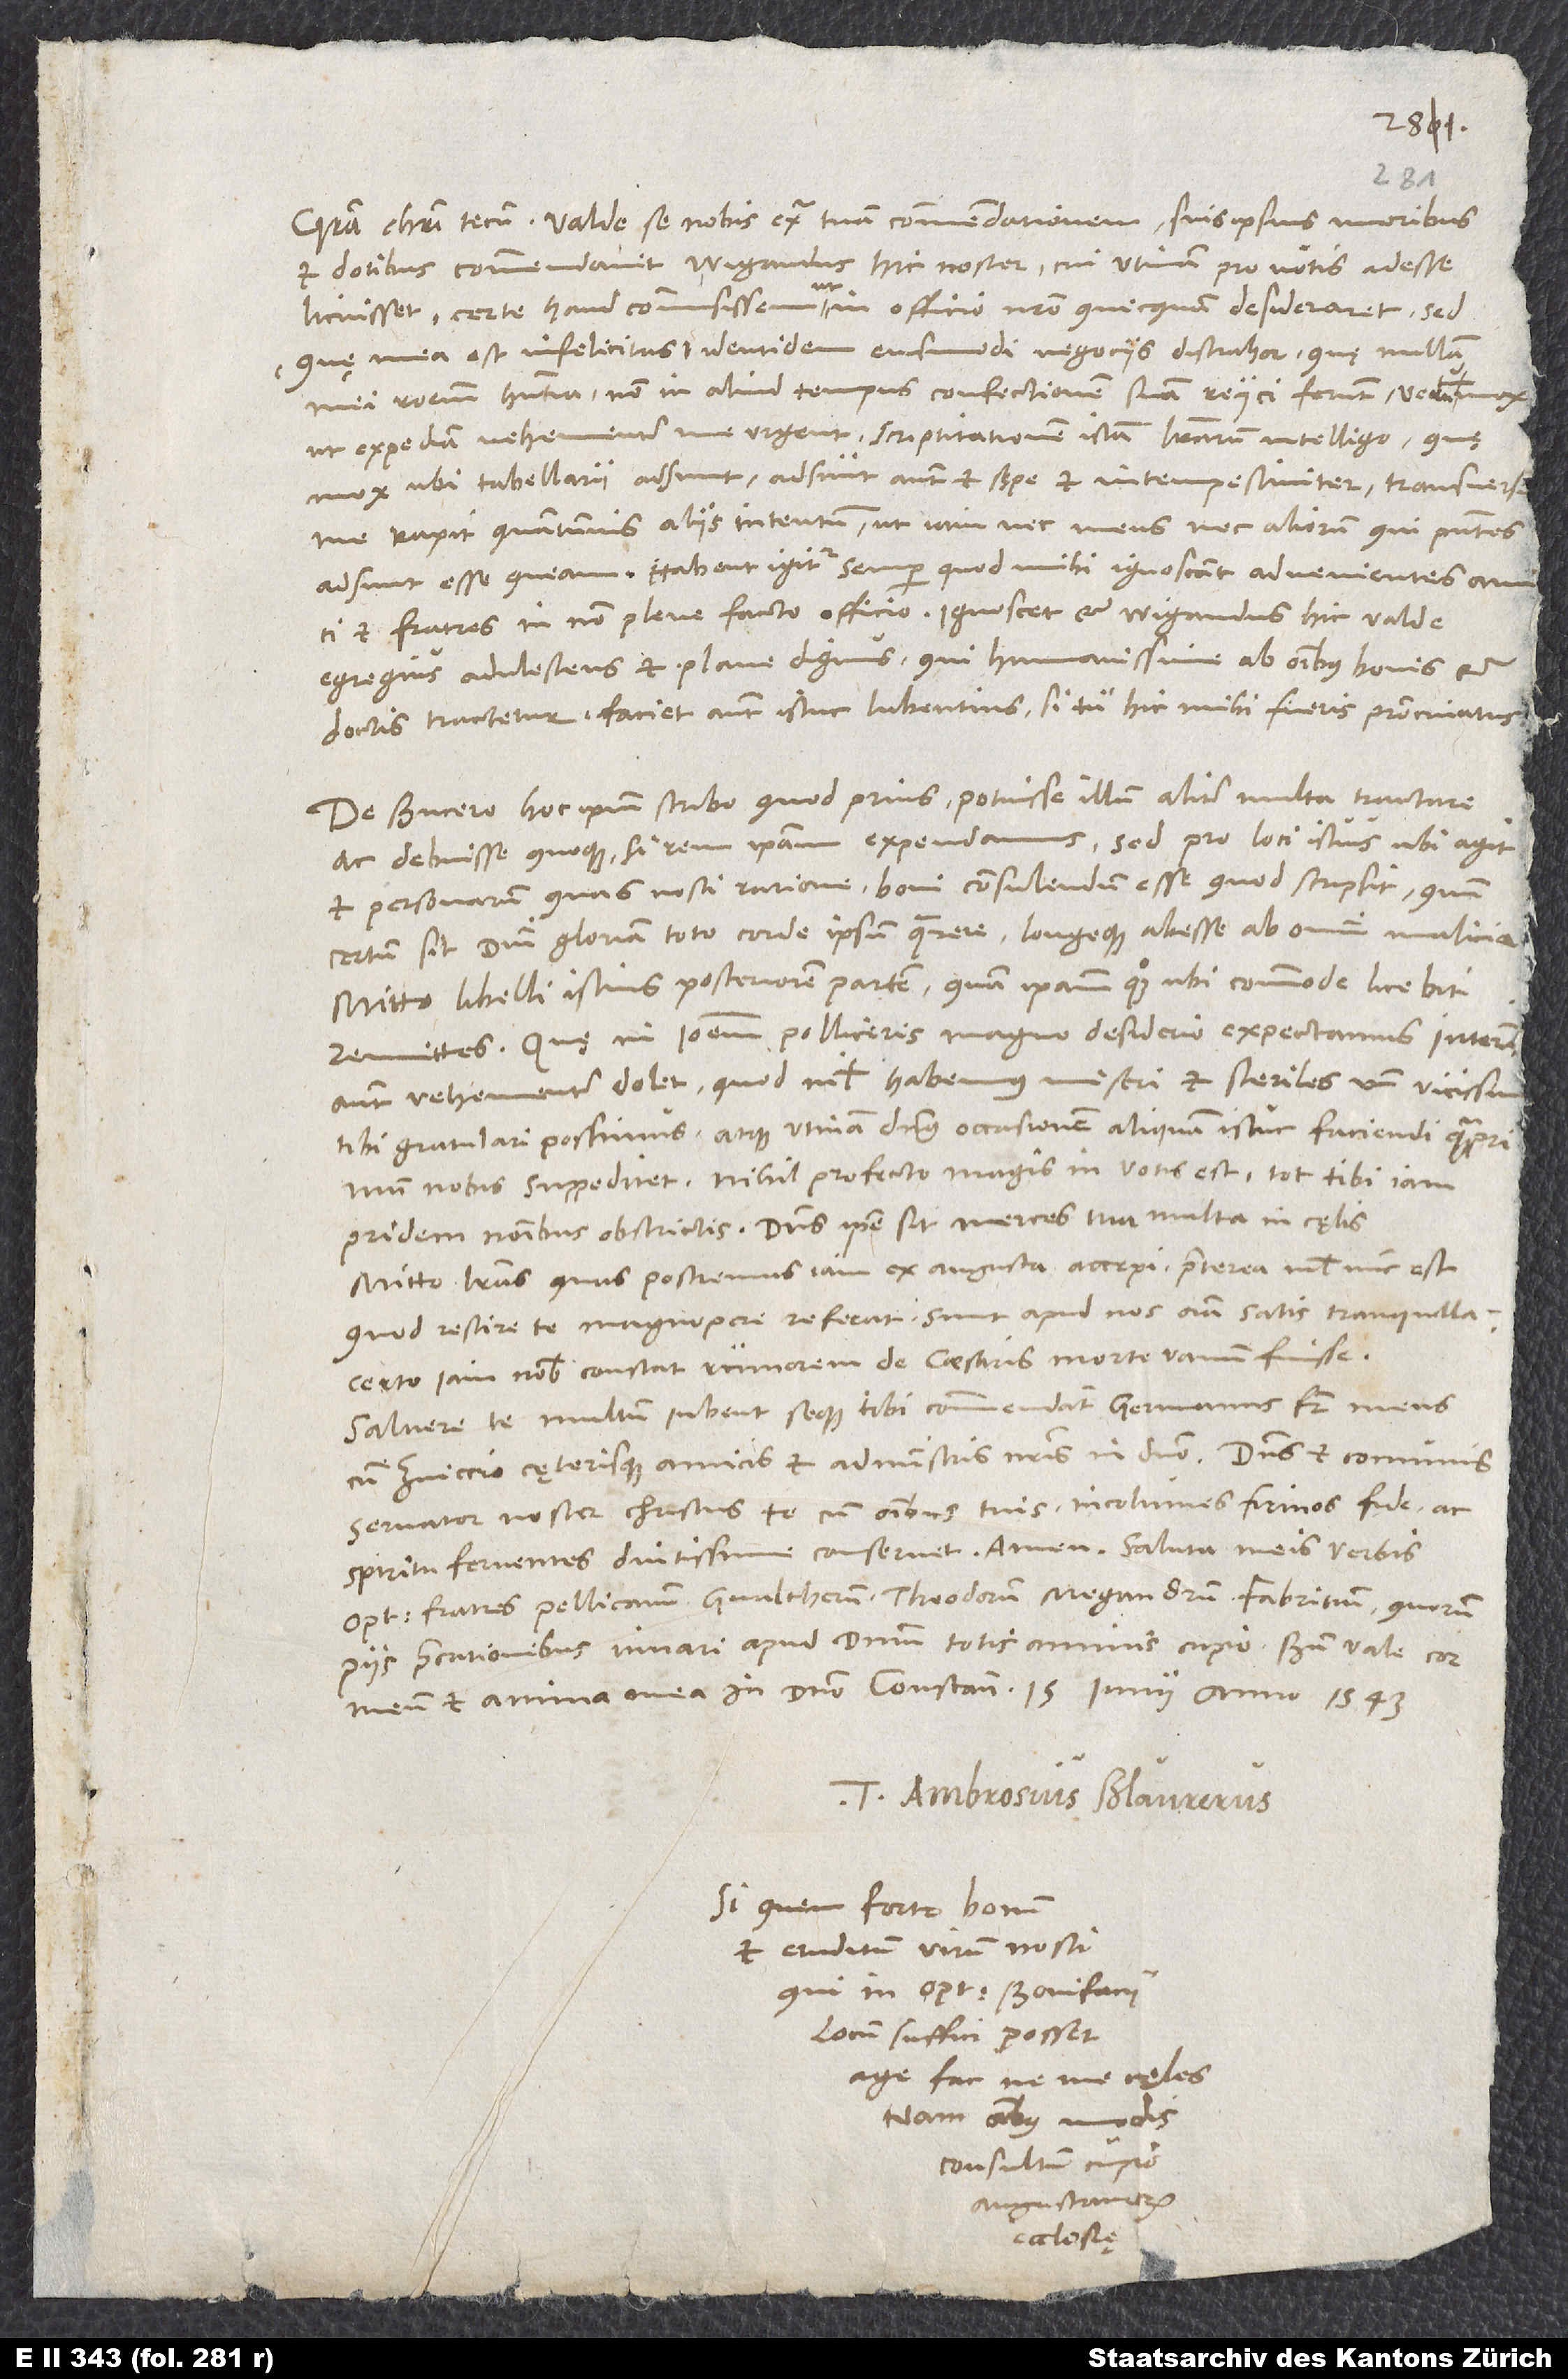
1543.
15.
et dotibus commendavit Wigandus hic noster, cui utinam pro votis adesse
licuisset! Certe haud commisissem, ut in officio nostro quicquam desideraret.
quę mea est infelicitas, identidem eiusmodi negociis distrahor, quę nullam
mei rationem habentia non in aliud tempus confectionem suam reiici ferunt, verum
ut expediam, vehementer me urgent, scriptitationem istam literarum intelligo, quę
mox, ubi tabellarii adsunt - adsunt autem et sępe et intempestiviter - transversum
me rapit quantumvis aliis intentum, ut iam nec meus nec aliorum, qui praesentes
adsunt, esse queam. Habent igitur semper, quod mihi ignoscant advenientes amici
et fratres in non plene facto officio. Ignoscet et Wigandus hic, valde
egregius adulescens et plane dignus, qui humanissime ab omnibus bonis et
doctis tractetur; faciet autem istuc lubentius, si tu hic mihi fueris patrocinatus.
De Bucero hoc ipsum scribo, quod prius, potuisse illum aliter multa tractare
ac debuisse quoque, si rem ipsam expendamus, sed pro loci istius, ubi agit,
et personarum, quas nosti, ratione boni consulendum esse, quod scripsit, quum
certum sit domini gloriam toto corde ipsum quaerere longeque abesse ab omni malicia.
Mitto libelli istius posteriorem partem, quam ipsam quoque, ubi commode licebit,
remittes. Quę in Ioannem polliceris, magno desiderio expectamus. Interim
autem vehementer dolet, quod nihil habemus miseri et steriles, unde vicissim
tibi gratulari possimus, atque utinam dominus occasionem aliquam istuc faciendi quamprimum
pridem nominibus obstrictis. Dominus ipse sit merces tua multa in cęlis.
Mitto literas, quas postremas iam ex Augusta accepi; praeterea nihil nunc est,
quod rescire te magnopere referat. Sunt apud nos omnia satis tranquilla.
Certo iam nobis constat rumorem de caesaris morte vanum fuisse.
Salvere te multum iubent seque tibi commendant germanus frater meus
cum Zviccio cęterisque amicis et administris nostris in domino. Dominus et communis
servator noster Christus te cum omnibus tuis incolumes, firmos fide ac
spiritu ferventes diutissime conservet. Amen. Saluta meis verbis
optimos fratres Pellicanum, Gvaltherum, Theodorum, Megandrum, Fabritium, quorum
piissimis precationibus iuvari apud dominum totis animis cupio. Bene vale, cor
Tuus Ambrosius Blaurerus.
Si quem forte bonum
et eruditum virum nosti,
qui in optimi Bonifacii
locum suffici posset,
age fac, ne me cęles;
nam omnibus modis
consultum cupio
Augustanorum
ecclesię.